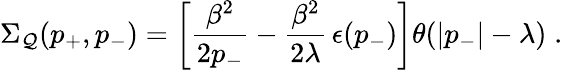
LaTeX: \Sigma_{\mathcal{Q}}(p_{+},p_{-})=\left[\frac{{\beta^{2}}}{{2p_{-}}}-\frac{{\beta^{2}}}{{2\lambda}}\, \epsilon(p_{-})\right]\theta(|p_{-}|-\lambda)\; .